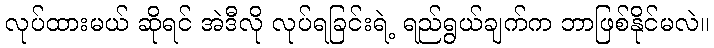
လုပ်ထားမယ် ဆိုရင် အဲဒီလို လုပ်ရခြင်းရဲ့ ရည်ရွယ်ချက်က ဘာဖြစ်နိုင်မလဲ။